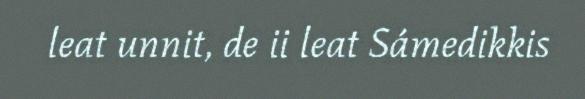
leat unnit, de ii leat Sámedikkis